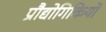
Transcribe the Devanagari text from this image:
प्रौद्योगिकियों